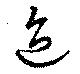
迨